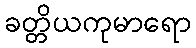
ခတ္တိယကုမာရော